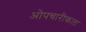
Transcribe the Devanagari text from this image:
ओपचारीकता